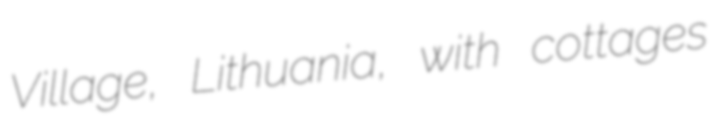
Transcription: Village, Lithuania, with cottages